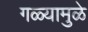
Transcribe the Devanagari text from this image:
गळ्यामुळे